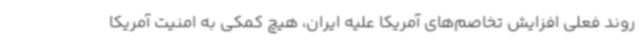
روند فعلی افزایش تخاصم‌های آمریکا علیه ایران، هیچ کمکی به امنیت آمریکا